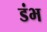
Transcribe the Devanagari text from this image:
डंभ